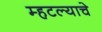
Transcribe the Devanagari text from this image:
म्हटल्याचे